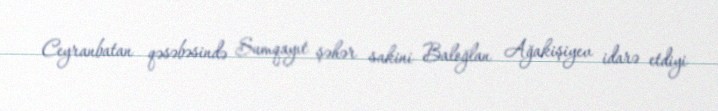
Ceyranbatan qəsəbəsində Sumqayıt şəhər sakini Baloğlan Ağakişiyev idarə etdiyi